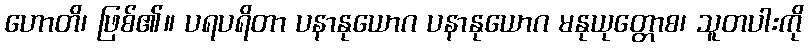
ဟောတိ၊ ဖြစ်၏။ ပရပရိတာ ပနာနုယောဂ ပနာနုယောဂ မနုယုတ္တောစ၊ သူတပါးကို